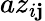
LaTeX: az_{i\mathbf{j}}